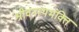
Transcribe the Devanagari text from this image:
श्रीवनाथभक्ति